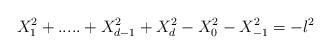
LaTeX: \begin{align*}X^2_1+.....+X^2_{d-1}+X^2_d-X^2_0-X^2_{-1} = -l^2\end{align*}